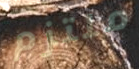
ملتزم